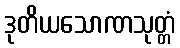
ဒုတိယသောဏသုတ္တံ